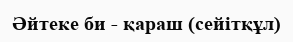
Әйтеке би - қараш (сейітқұл)